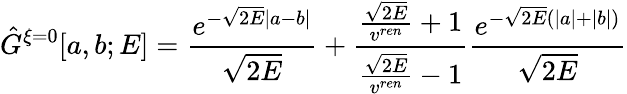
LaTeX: \hat{G}^{\xi=0}[a,b;E]=\frac{e^{-\sqrt{2E}|a-b|}}{\sqrt{2E}}+\frac{\frac{\sqrt{2E}}{v^{ren}}+1}{\frac{\sqrt{2E}}{v^{ren}}-1}\frac{e^{-\sqrt{2E}(|a|+|b|)}}{\sqrt{2E}}